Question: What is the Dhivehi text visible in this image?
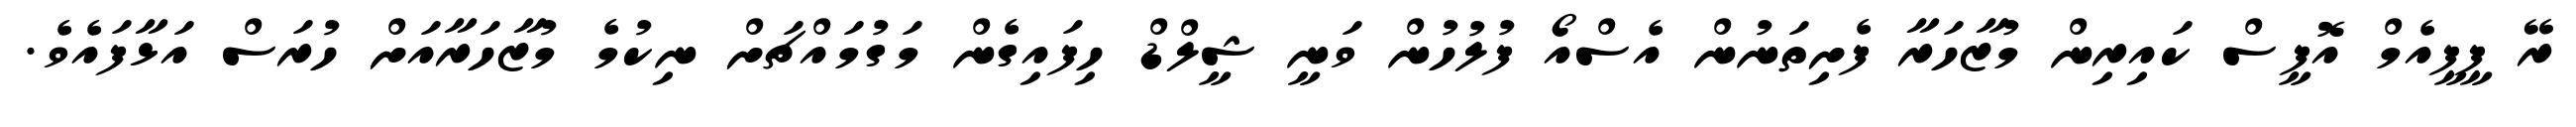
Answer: ރޭ ޕީޕީއެމް އޮފީސް ކައިރިން މުޒާހަރާ ފެށިތަނުން އެސްއޯ ފުލުހުން ވަނީ ޝީލްޑް ހިފައިގެން މަގުމައްޗަށް ނިކުމެ މުޒާހަރާއަށް ހުރަސް އަޅާފައެވެ.